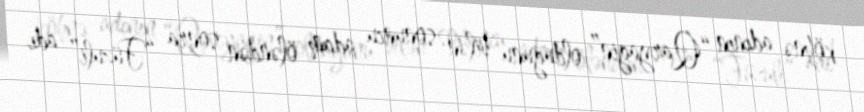
köhnə adının “Qaryagin” olduğunu bilən sonuncu adam öləndən sonra “Füzuli” adı